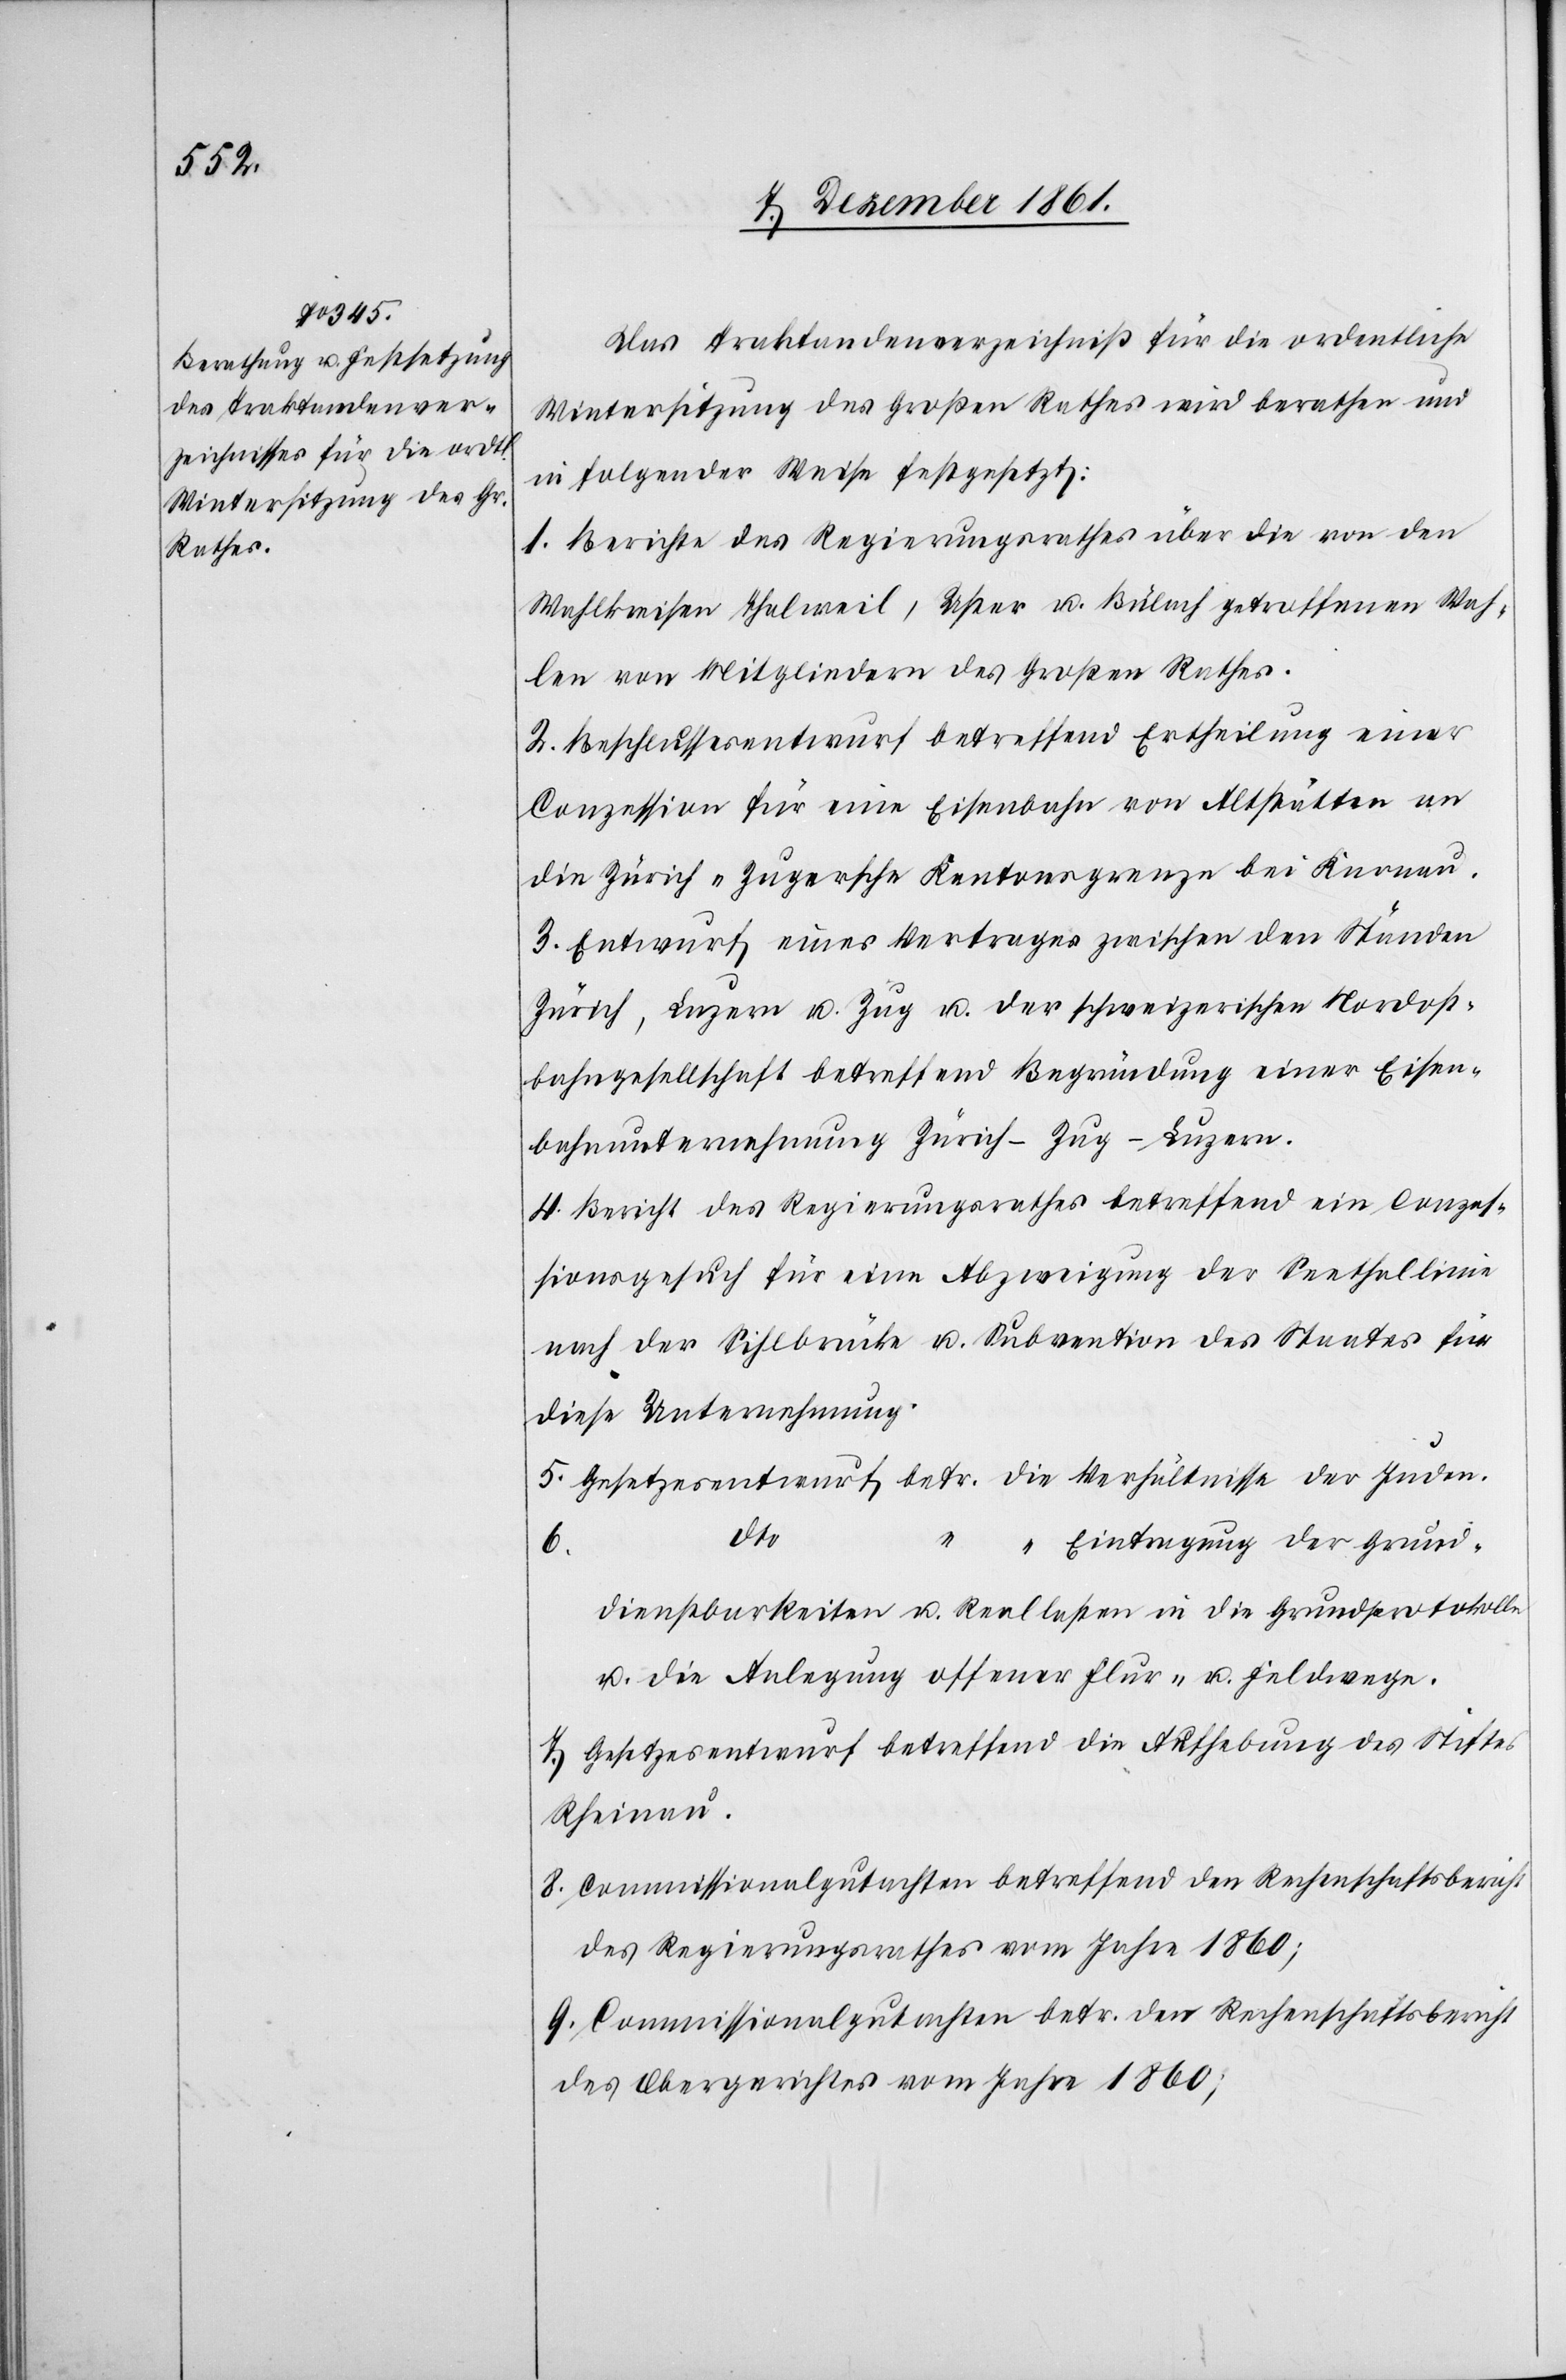
Das Traktandenverzeichniß für die ordentliche
Wintersitzung des Großen Rathes wird berathen und
in folgender Weise festgesetzt:
1. Berichte des Regierungsrathes über die von den
Wahlkreisen Thalweil, Uster u. Bülach getroffenen Wah¬
len von Mitgliedern des Großen Rathes.
2. Beschlussesentwurf betreffend Ertheilung einer
Conzession für eine Eisenbahn von Altstätten an
die Zürich-Zugersche Kantonsgrenze bei Knonau.
3. Entwurf eines Vertrages zwischen den Ständen
Zürich, Luzern u. Zug u. der schweizerischen Nordost¬
bahngesellschaft betreffend Begründung einer Eisen¬
bahnunternehmung Zürich–Zug–Luzern.
4. Bericht des Regierungsrathes betreffend ein Conzes¬
sionsgesuch für eine Abzweigung der Seethallinie
nach der Sihlbrücke u. Subvention des Staates für
diese Unternehmung.
5. Gesetzesentwurf betr. die Verhältnisse der Juden.
dto.
“ Eintragung der Grund¬
6.
dienstbarkeiten u. Reallasten in die Grundprotokolle
u. die Anlegung offener Flur- u. Feldwege.
7. Gesetzesentwurf betreffend die Aufhebung des Stiftes
Rheinau.
8. Commissionsgutachten betreffend den Rechenschaftsbericht
des Regierungsrathes vom Jahre 1860;
9. Commissionalgutachten betr. den Rechenschaftsbericht
des Obergerichtes vom Jahre 1860;